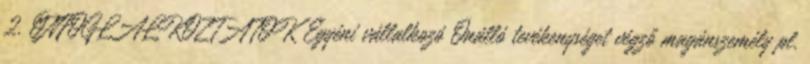
2. ÖNFOGLALKOZTATÓK Egyéni vállalkozó Önálló tevékenységet végző magánszemély pl.